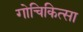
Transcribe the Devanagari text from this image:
गोचिकित्सा